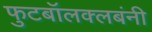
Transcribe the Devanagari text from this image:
फुटबॉलक्लबंनी